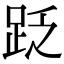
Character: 䟪